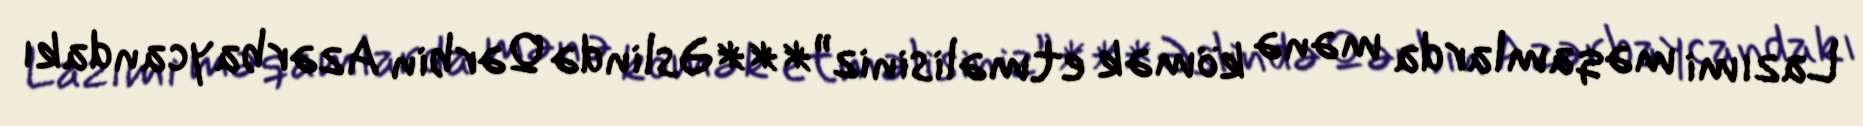
Lazımi məqamlarda mənə kömək etməlisiniz”***Əslində Qərbin Azərbaycandakı